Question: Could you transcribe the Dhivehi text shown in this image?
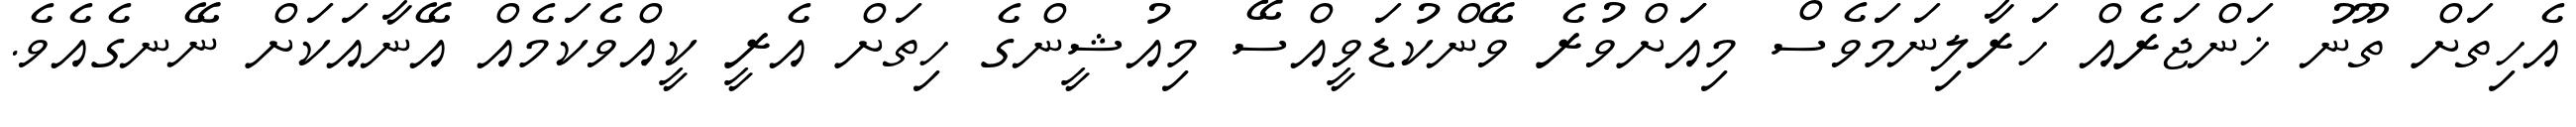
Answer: އެހިތަށް ތޫނު ޚަންޖަރެއް ހަރާލިނަމަވެސް މިއަަށްވުރެ ވޭންކުޑަވީއްސޭ މިއުޝީންގެ ހިތަށް އެރީ ކީއްވެކަމެއް އޭނާއަކަށް ނޭނގެއެވެ.